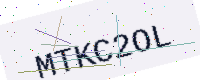
Text: MTKC2OL